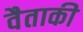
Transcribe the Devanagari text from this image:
वैताकी